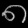
Digit: ၈